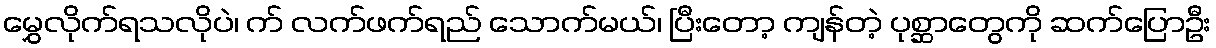
မွှေလိုက်ရသလိုပဲ၊ က် လက်ဖက်ရည် သောက်မယ်၊ ပြီးတော့ ကျန်တဲ့ ပုစ္ဆာတွေကို ဆက်ပြောဦး